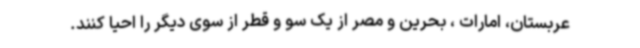
عربستان، امارات ، بحرین و مصر از یک سو و قطر از سوی دیگر را احیا کنند.